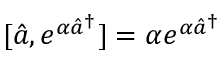
[ \hat { a } , e ^ { \alpha \hat { a } ^ { \dagger } } ] = \alpha e ^ { \alpha \hat { a } ^ { \dagger } }